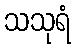
သသုရံ